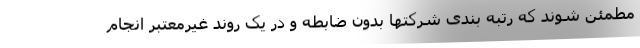
مطمئن شوند که رتبه بندی شرکتها بدون ضابطه و در یک روند غیرمعتبر انجام